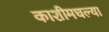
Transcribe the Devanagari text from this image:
काशीमधल्या